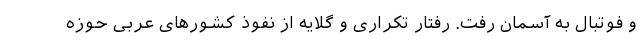
و فوتبال به آسمان رفت. رفتار تکراری و گلایه از نفوذ کشورهای عربی حوزه